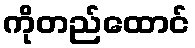
ကိုတည်ထောင်